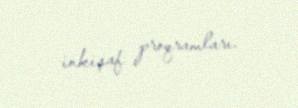
inkişaf proqramları.